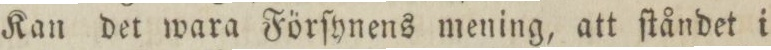
Kan det wara Förſynens mening, att ſtåndet i